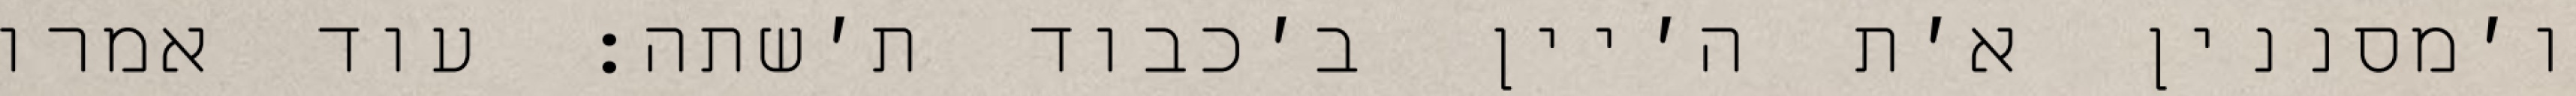
ו׳מסננין א׳ת ה׳יין ב׳כבוד ת׳שתה: עוד אמרו